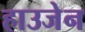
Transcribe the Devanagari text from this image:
हाउजेन